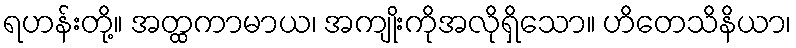
ရဟန်းတို့။ အတ္ထကာမာယ၊ အကျိုးကိုအလိုရှိသော။ ဟိတေသိနိယာ၊